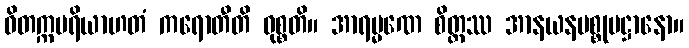
ဝိတက္ကပရိယာဟတံ ကရောတီတိ ဝုစ္စတိ။ အာရမ္မဏေ စိတ္တဿ အာနယနပစ္စုပဋ္ဌာနော။